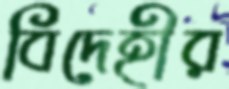
বিদেহীর